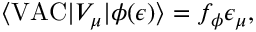
\langle \mathrm { V A C } | V _ { \mu } | \phi ( \epsilon ) \rangle = f _ { \phi } \epsilon _ { \mu } ,